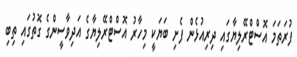
ފުރަތަމަ އޮސްޓްރޭލިޔާގައި ދިރިއުޅެން ފެށި ބަޔަކީ މިހާރު އޮސްޓްރޭލިޔާގެ އަދިވާސީންގެ ގޮތުގައި ތިބި